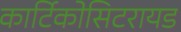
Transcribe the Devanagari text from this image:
कार्टिकोसिटरायड